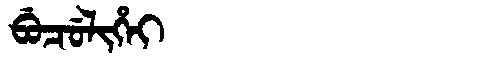
Manchu: ᠪᡠᠴᡠᠯᡳᡥᡝᡳ
Romanization: BUCULIHEI